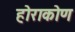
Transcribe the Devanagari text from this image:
होराकोण